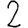
Digit: 2